Report of the Indian Hemp Drugs Commission, 1894-1895 - Volume IV
Year: 1894
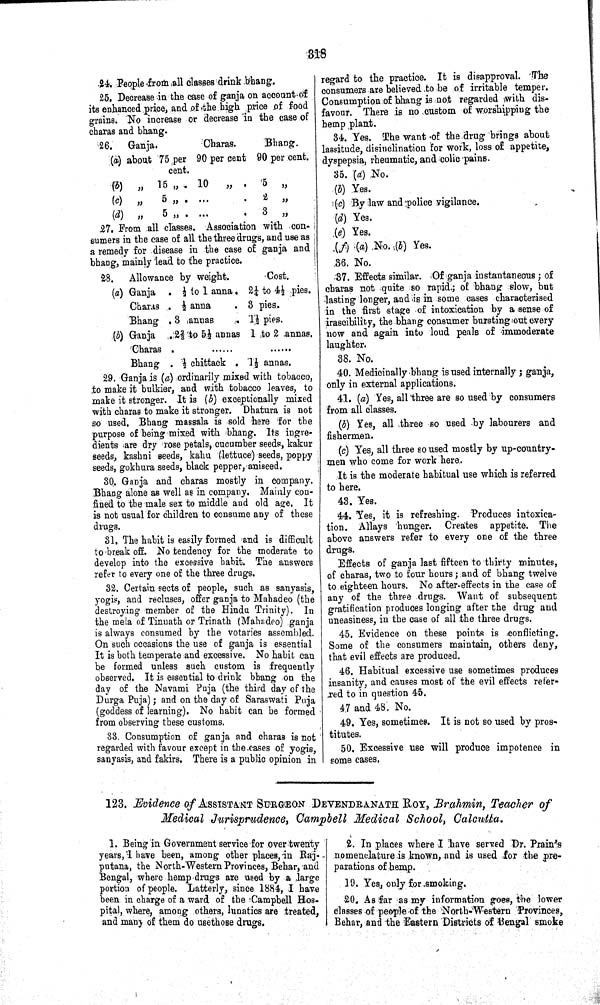
318
24. People from all classes drink bhang.
25. Decrease in the case of ganja on account of
its enhanced price, and of the high price of food
grains. No increase or decrease in the case of
charas and bhang.
26.
Ganja.
Charas.
Bhang.
(a) about 75 per 90 per cent 90 per cent.
cent.
(b) " 15 "
10 "
5
"
(c)
"
5 "
2 "
(d)
"
5 "
3
"
27. From all classes. Association with con-
sumers in the case of all the three drugs, and use as
a remedy for disease in the case of ganja and
bhang, mainly lead to the practice.
28.
Allowance by weight.
Cost.
(a) Ganja 1/2 to 1 anna
21/4 to 41/2 pies.
Charas 1/2 anna
3 pies
Bhang
3 annas
11/2 pies
(b) Ganja 2 2/3 to 51/2 annas 1 to 2 annas
Charas
Bhang 1/2 chittack
11/2 annas
29. Ganja is (a) ordinarily mixed with tobacco,
to make it bulkier, and with tobacco leaves, to
make it stronger. It is (b) exceptionally mixed
with charas to make it stronger. Dhatura is not
so used. Bhang massala is sold here for the
purpose of being mixed with bhang. Its ingre-
dients are dry rose petals, cucumber seeds, kakur
seeds, kashni seeds, kahu (lettuce) seeds, poppy
seeds, gokhura seeds, black pepper, aniseed.
30. Ganja and charas mostly in company.
Bhang alone as well as in company. Mainly con-
fined to the male sex to middle and old age. It
is not usual for children to consume any of these
drugs.
31. The habit is easily formed and is difficult
to break off. No tendency for the moderate to
develop into the excessive habit. The answers
refer to every one of the three drugs.
32. Certain sects of people, such as sanyasis,
yogis, and recluses, offer ganja to Mahadeo (the
destroying member of the Hindu Trinity). In
the mela of Tinnath or Trinath (Mahadeo) ganja
is always consumed by the votaries assembled.
On such occasions the use of ganja is essential
It is both temperate and excessive. No habit can
be formed unless such custom is frequently
observed. It is essential to drink bhang on the
day of the Navami Puja (the third day of the
Durga Puja); and on the day of Saraswati Puja
(goddess of learning). No habit can be formed
from observing these customs.
33. Consumption of ganja and charas is not
regarded with favour except in the cases of yogis,
sanyasis, and fakirs. There is a public opinion in
regard to the practice. It is disapproval. The
consumers are believed to be of irritable temper.
Consumption of bhang is not regarded with dis-
favour. There is no custom of worshipping the
hemp plant.
34. Yes. The want of the drug brings about
lassitude, disinclination for work, loss of appetite,
dyspepsia, rheumatic, and colic pains.
35. (d) No.
(b) Yes.
(c) By law and police vigilance.
(d) Yes.
(e) Yes.
(f) (a) No. (b) Yes.
36. No.
37. Effects similar. Of ganja instantaneous; of
charas not quite so rapid; of bhang slow, but
lasting longer, and is in some cases characterised
in the first stage of intoxication by a sense of
irascibility, the bhang consumer bursting out every
now and again into loud peals of immoderate
laughter.
38. No.
40. Medicinally bhang is used internally; ganja,
only in external applications.
41. (a) Yes, all three are so used by consumers
from all classes.
(b) Yes, all three so used by labourers and
fishermen.
(c) Yes, all three so used mostly by up-country-
men who come for work here.
It is the moderate habitual use which is referred
to here.
43. Yes.
44. Yes, it is refreshing. Produces intoxica-
tion. Allays hunger. Creates appetite. The
above answers refer to every one of the three
drugs.
Effects of ganja last fifteen to thirty minutes,
of charas, two to four hours; and of bhang twelve
to eighteen hours. No after-effects in the case of
any of the three drugs. Want of subsequent
gratification produces longing after the drug and
uneasiness, in the case of all the three drugs.
45. Evidence on these points is conflicting.
Some of the consumers maintain, others deny,
that evil effects are produced.
46. Habitual excessive use sometimes produces
insanity, and causes most of the evil effects refer-
red to in question 45.
47 and 48. No.
49. Yes, sometimes. It is not so used by pros-
titutes.
50. Excessive use will produce impotence in
some cases.
123. Evidence of ASSISTANT SURGEON DEVENDRANATH ROY, Brahmin, Teacher of
Medical Jurisprudence, Campbell Medical School, Calcutta.
1. Being in Government service for over twenty
years, I have been, among other places, in Raj-
putana, the North-Western Provinces, Behar, and
Bengal, where hemp drugs are used by a large
portion of people. Latterly, since 1884, I have
been in charge of a ward of the Campbell Hos-
pital, where, among others, lunatics are treated,
and many of them do usethose drugs.
2. In places where I have served Dr. Prain's
nomenclature is known, and is used for the pre-
parations of hemp.
19. Yes, only for smoking.
20. As far as my information goes, the lower
classes of people of the North-Western Provinces,
Behar, and the Eastern Districts of Bengal smoke